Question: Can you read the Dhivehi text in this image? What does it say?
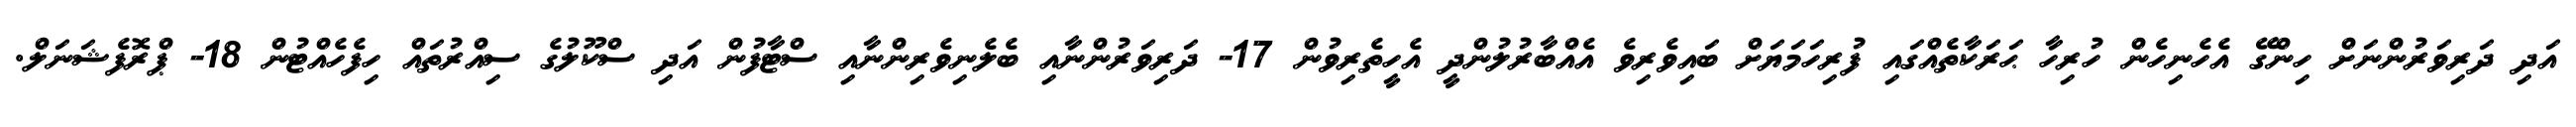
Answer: އަދި ދަރިވަރުންނަށް ހިންގޭ އެހެނިހެން ހުރިހާ ޙަރަކާތެއްގައި ފުރިހަމަޔަށް ބައިވެރިވެ އެއްބާރުލުންދީ އެހީތެރިވުން 17- ދަރިވަރުންނާއި ބެލެނިވެރިންނާއި ސްޓާފުން އަދި ސްކޫލުގެ ސިއްރުތައް ހިފެހެއްޓުން 18- ޕްރޮފެޝަނަލް.